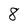
Character: 8